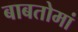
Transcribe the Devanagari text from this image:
बाबतोमां